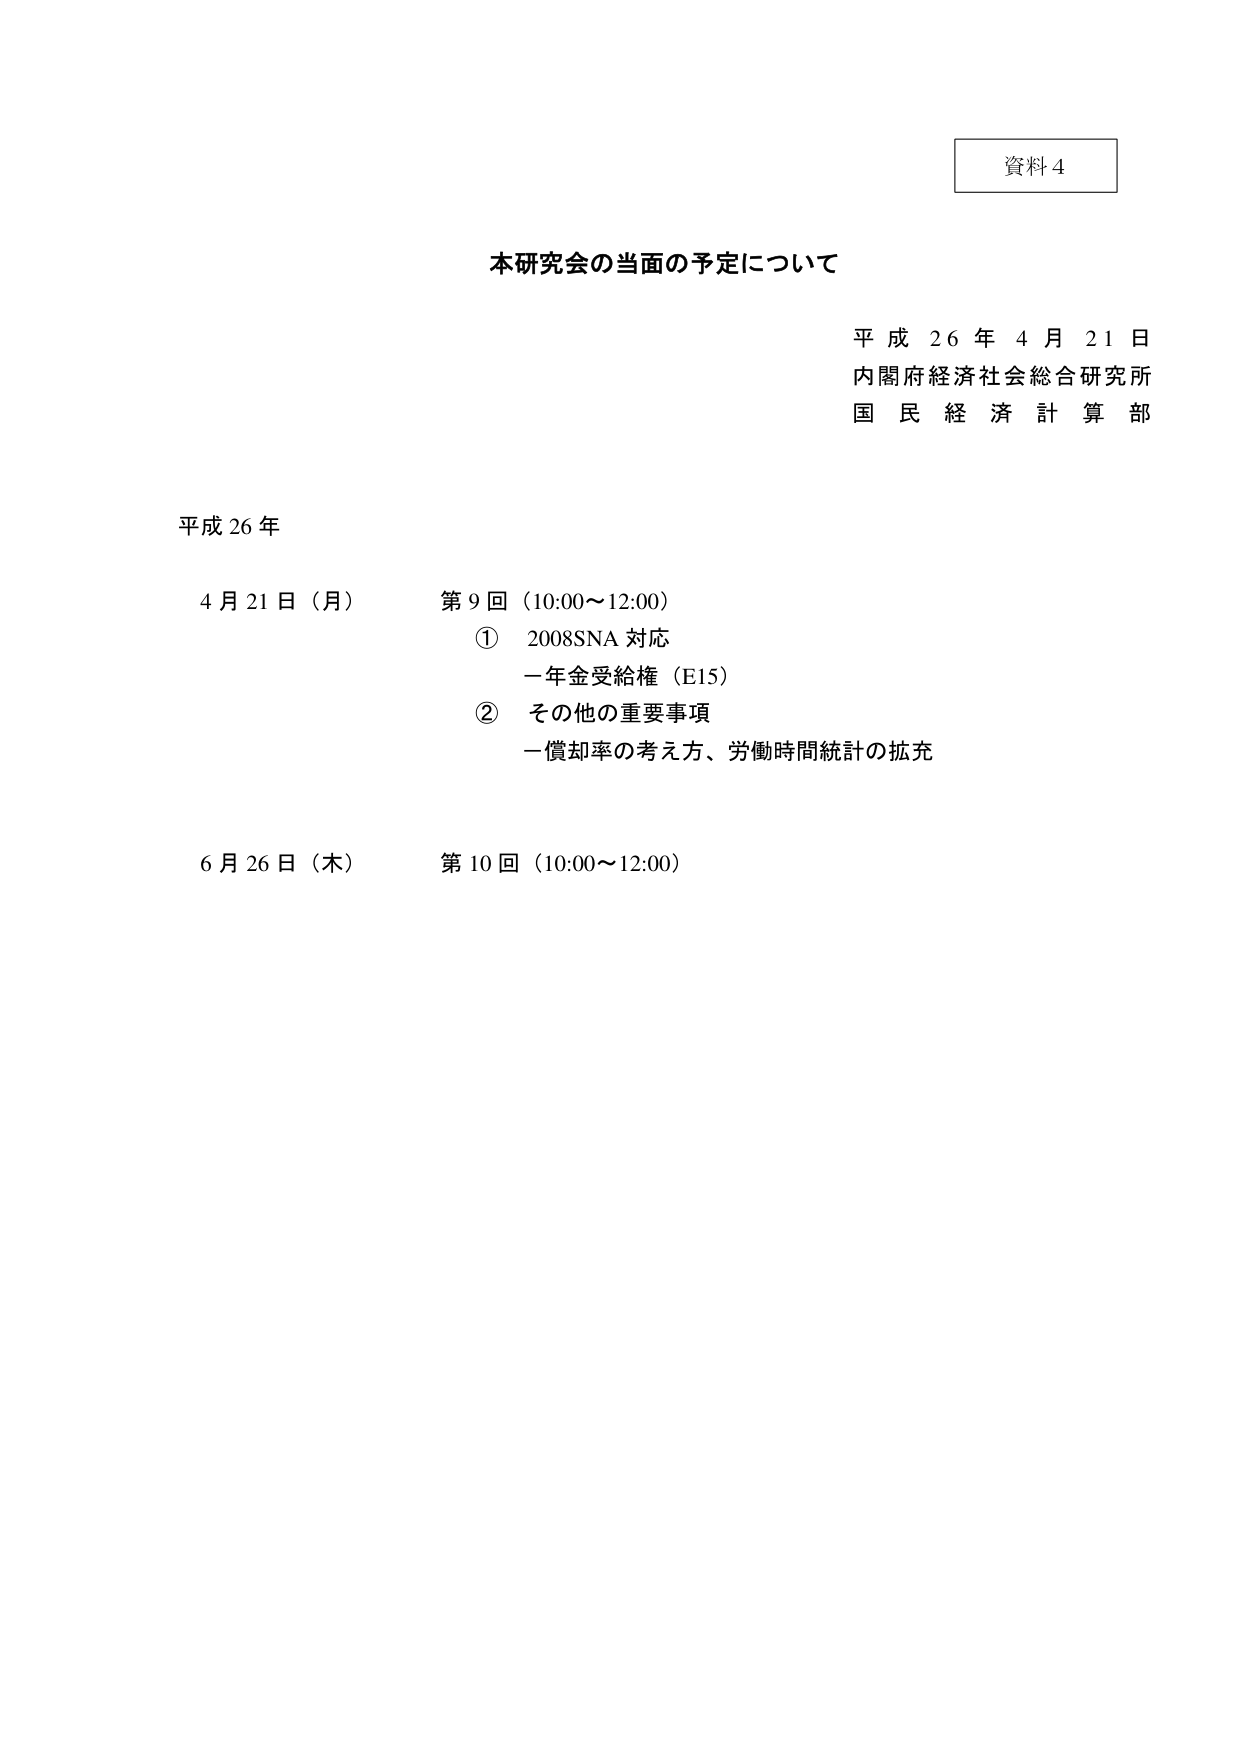
資料4

本研究会の当面の予定について

平成26年4月21日
内閣府経済社会総合研究所
国民経済計算部

平成26年

4月21日（月） 第9回（10:00～12:00）
① 2008SNA対応
　一年金受給権（E15）
② その他の重要事項
　一償却率の考え方、労働時間統計の拡充

6月26日（木） 第10回（10:00～12:00）